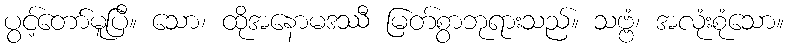
ပွင့်တော်မူပြီ။ သော၊ ထိုအနောမဒဿီ မြတ်စွာဘုရားသည်။ သဗ္ဗံ၊ အလုံးစုံသော။